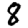
Digit: 8